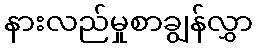
နားလည်မှုစာချွန်လွှာ